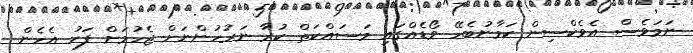
ނަމަވެސް އެވެކްސިން ކަމާނުބެހޭ ވޯޑެއްގައި މަސައްކަތް ކުރާ ނަރުހުންނަށް ޖެހުމަށް ފަހު އެހެން